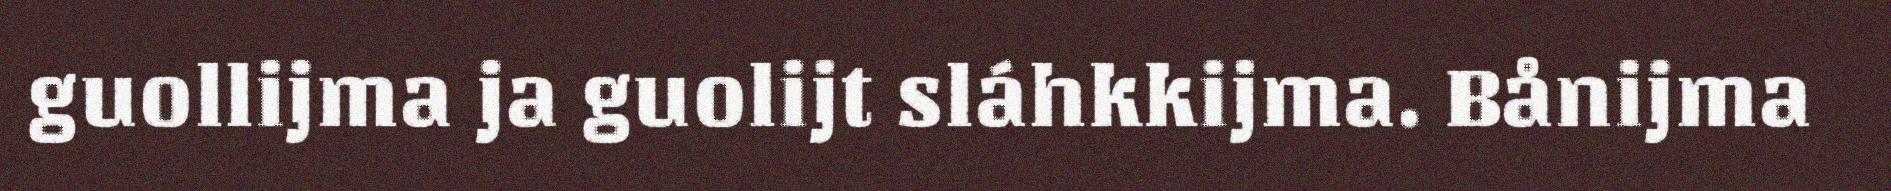
guollijma ja guolijt sláhkkijma. Bånijma